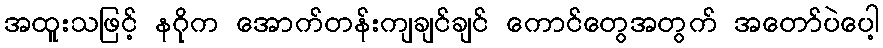
အထူးသဖြင့် နဂိုက အောက်တန်းကျချင်ချင် ကောင်တွေအတွက် အတော်ပဲပေါ့